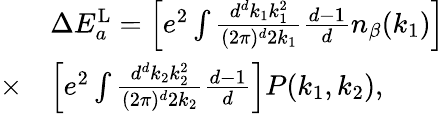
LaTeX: \begin{array}{rl}&{\Delta E_{a}^{\mathrm{L}}=\left[e^{2}\int\frac{d^{d}k_{1}k_{1}^{2}}{(2\pi)^{d}2k_{1}}\frac{d-1}{d}n_{\beta}(k_{1})\right]}\\ {\times}&{\left[e^{2}\int\frac{d^{d}k_{2}k_{2}^{2}}{(2\pi)^{d}2k_{2}}\frac{d-1}{d}\right]P(k_{1},k_{2}),}\end{array}